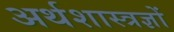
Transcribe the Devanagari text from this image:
अर्थशास्त्रज्ञों